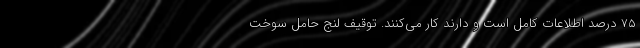
۷۵ درصد اطلاعات کامل است و دارند کار می‌کنند. توقیف لنج حامل سوخت